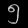
Digit: ၅